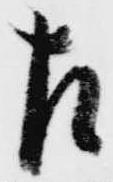
左